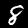
Label: 8